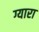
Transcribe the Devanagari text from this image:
ग्यारा